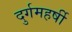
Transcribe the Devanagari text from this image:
दुर्गमहर्षी